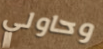
وحاولي